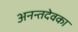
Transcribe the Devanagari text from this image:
अनन्तदेवका